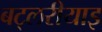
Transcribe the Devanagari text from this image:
बट्लरीयाइ